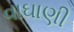
વાઘાણી